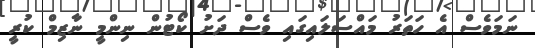
ނަމަވެސް އެ ހަތަރު މައްސަލައިގައި ވެސް ދަށު ކޯޓުން ނިންމީ ނާޒިމް ކުރީ